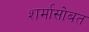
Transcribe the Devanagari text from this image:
शर्मासोबत